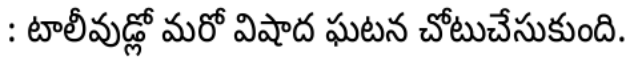
: టాలీవుడ్లో మరో విషాద ఘటన చోటుచేసుకుంది.